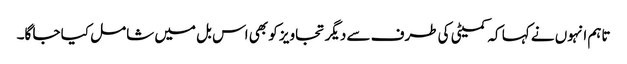
تاہم انہوں نے کہا کہ کمیٹی کی طرف سے دیگر تجاویز کو بھی اس بل میں شامل کیا جا گا۔